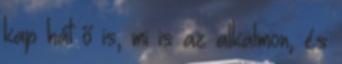
kap hát ő is, mi is az alkalmon, és